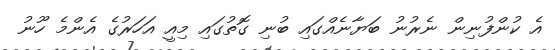
އެ ކުންފުނިން ނެރުނު ބަޔާނެއްގައި ބުނި ގޮތުގައި މިއީ އަހަރުގެ އެންމެ ހޫނު